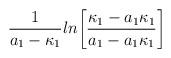
LaTeX: \begin{align*}{1\over{a_1-\kappa_1}}ln\biggl[{\kappa_1-a_1\kappa_1\over{a_1-a_1\kappa_1}}\biggr]\end{align*}